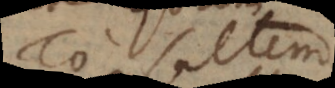
Hoc saltem